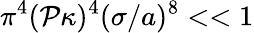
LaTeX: \pi^{4}(\mathcal{P}\kappa)^{4}(\sigma/a)^{8}<<1